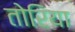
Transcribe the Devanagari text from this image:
तोरिया